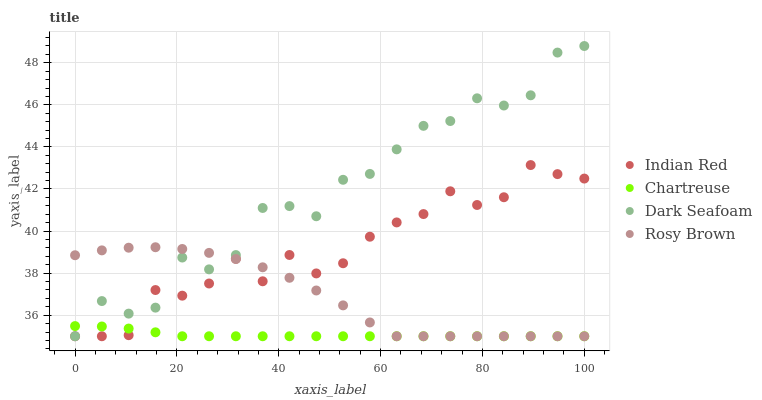
| xaxis_label | Indian Red | Chartreuse | Dark Seafoam | Rosy Brown |
 | --- | --- | --- | --- | --- |
 | 0 | 35 | 35.5 | 35 | 38.9 |
 | 5.26 | 35 | 35.5 | 36.7 | 39.1 |
 | 10.5 | 35.1 | 35.4 | 36.1 | 39.2 |
 | 15.8 | 37.2 | 35.2 | 36.4 | 39.2 |
 | 21.1 | 36.9 | 35 | 38.7 | 39.1 |
 | 26.3 | 37.5 | 35 | 38.2 | 39 |
 | 31.6 | 38.7 | 35 | 38.9 | 38.7 |
 | 36.8 | 37.6 | 35 | 41.1 | 38.3 |
 | 42.1 | 38.9 | 35 | 41.2 | 37.8 |
 | 47.4 | 38 | 35 | 40.7 | 37.2 |
 | 52.6 | 38.5 | 35 | 42.4 | 36.5 |
 | 57.9 | 39.7 | 35 | 42.7 | 35.7 |
 | 63.2 | 40.4 | 35 | 43.9 | 35 |
 | 68.4 | 40.8 | 35 | 45 | 35 |
 | 73.7 | 41.9 | 35 | 45.2 | 35 |
 | 78.9 | 41.2 | 35 | 46.3 | 35 |
 | 84.2 | 41.6 | 35 | 46 | 35 |
 | 89.5 | 43.1 | 35 | 46.5 | 35 |
 | 94.7 | 42.7 | 35 | 48.5 | 35 |
 | 100 | 42.5 | 35 | 48.8 | 35 |